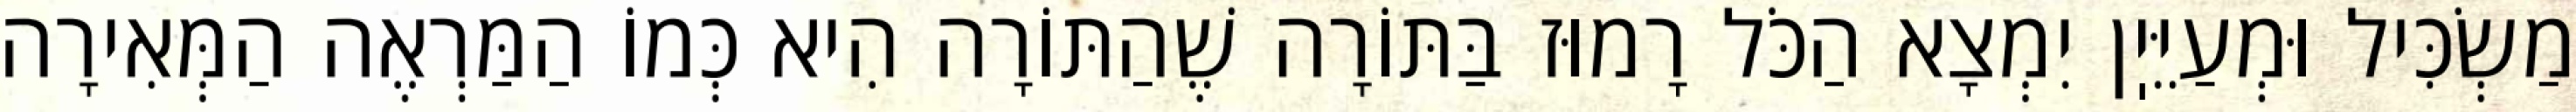
מַשְׂכִּיל וּמְעַיֵּיֽן יִמְצָא הַכֹּל רָמוּז בַּתּוֹרָה שֶׁהַתּוֹרָה הִיא כְּמוֹ הַמַּרְאֶה הַמְּאִירָה